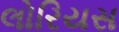
લોરિયસ